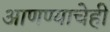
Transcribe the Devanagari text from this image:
आणण्याचेही